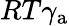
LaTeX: RT\gamma_{\mathrm{a}}